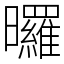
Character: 曪